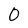
Character: 0